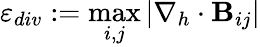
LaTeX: \varepsilon_{div}:=\operatorname*{max}_{i,j}\left|\nabla_{h}\cdot{\mathbf B}_{ij}\right|